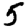
Digit: 5